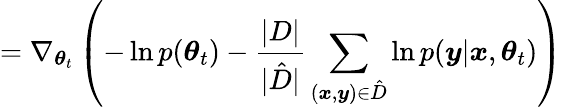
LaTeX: =\nabla_{\boldsymbol{\theta}_{t}}\left(-\ln{p(\boldsymbol{\theta}_{t})}-\frac{|D|}{|\hat{D}|}\sum_{(\boldsymbol{x},\boldsymbol{y})\in\hat{D}}\ln{p(\boldsymbol{y}|\boldsymbol{x},\boldsymbol{\theta}_{t})}\right)